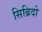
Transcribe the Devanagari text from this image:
सिब्रिदो